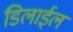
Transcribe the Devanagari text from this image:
डिलाईल